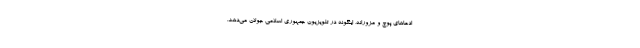
ادعاهای پوچ و مزورانه، اینگونه در تلویزیون جمهوری اسلامی جولان می‌دهد.